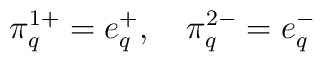
\pi^{1+}_{q}=e^+_q,\quad\pi^{2-}_{q}=e^-_q